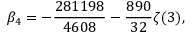
\beta _ { 4 } = - \frac { 2 8 1 1 9 8 } { 4 6 0 8 } - \frac { 8 9 0 } { 3 2 } \zeta ( 3 ) ,